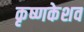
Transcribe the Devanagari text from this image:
कृष्णकेशव